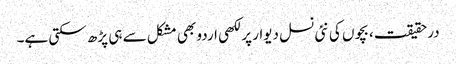
درحقیقت، بچوں کی نئی نسل دیوار پر لکھی اردو بھی مشکل سے ہی پڑھ سکتی ہے۔